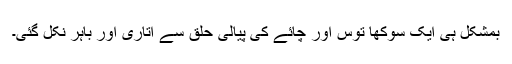
بمشکل ہی ایک سوکھا توس اور چائے کی پیالی حلق سے اتاری اور باہر نکل گئی۔